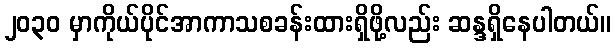
၂၀၃၀ မှာကိုယ်ပိုင်အာကာသစခန်းထားရှိဖို့လည်း ဆန္ဒရှိနေပါတယ်။